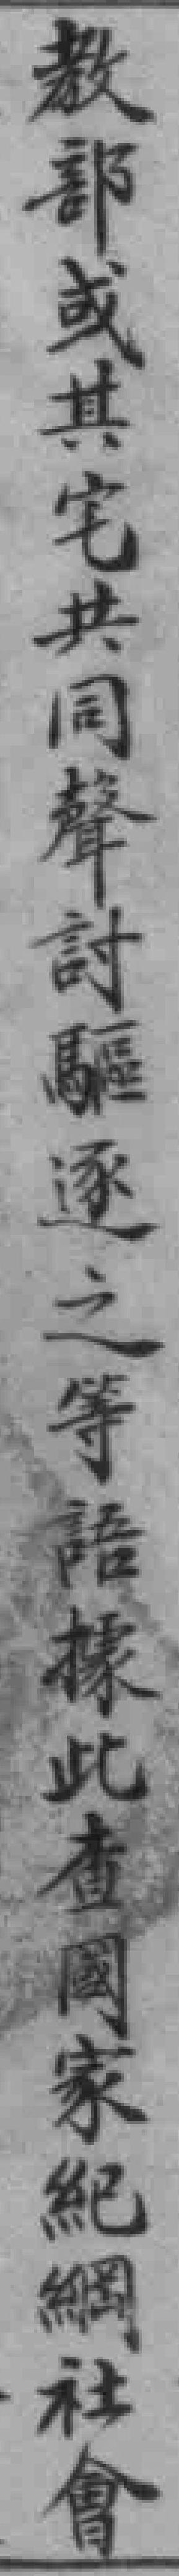
教部或其宅共同聲討驅逐之等語據此查國家紀綱社會